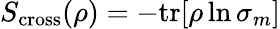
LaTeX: S_{\mathrm{cross}}(\rho)=-\mathrm{tr}[\rho\ln\sigma_{m}]